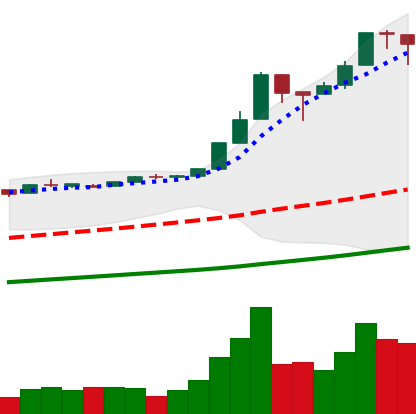
Ticker: BTC-USD
Chart end date: 2016-12-30
Forward return: 20.129%
Label: up_7plus